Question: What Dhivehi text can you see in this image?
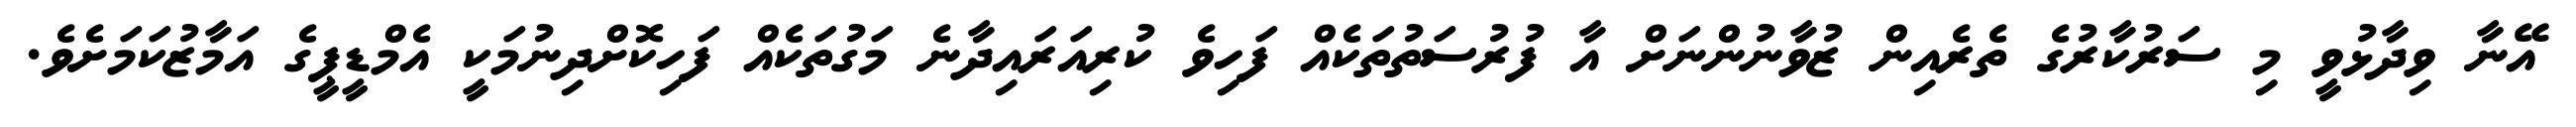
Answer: އޭނާ ވިދާޅުވީ މި ސަރުކާރުގެ ތެރެއިން ޒުވާނުންނަށް އާ ފުރުސަތުތަކެއް ފަހިވެ ކުރިއަރައިދާނެ މަގުތަކެއް ފަހިކޮށްދިނުމަކީ އެމްޑީޕީގެ އަމާޒުކަމަށެވެ.